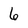
Character: 6